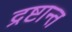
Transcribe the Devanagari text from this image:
द्रष्टान्त